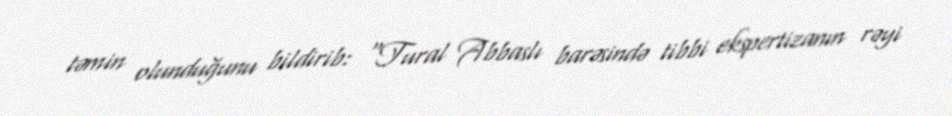
təmin olunduğunu bildirib: "Tural Abbaslı barəsində tibbi ekspertizanın rəyi